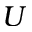
U